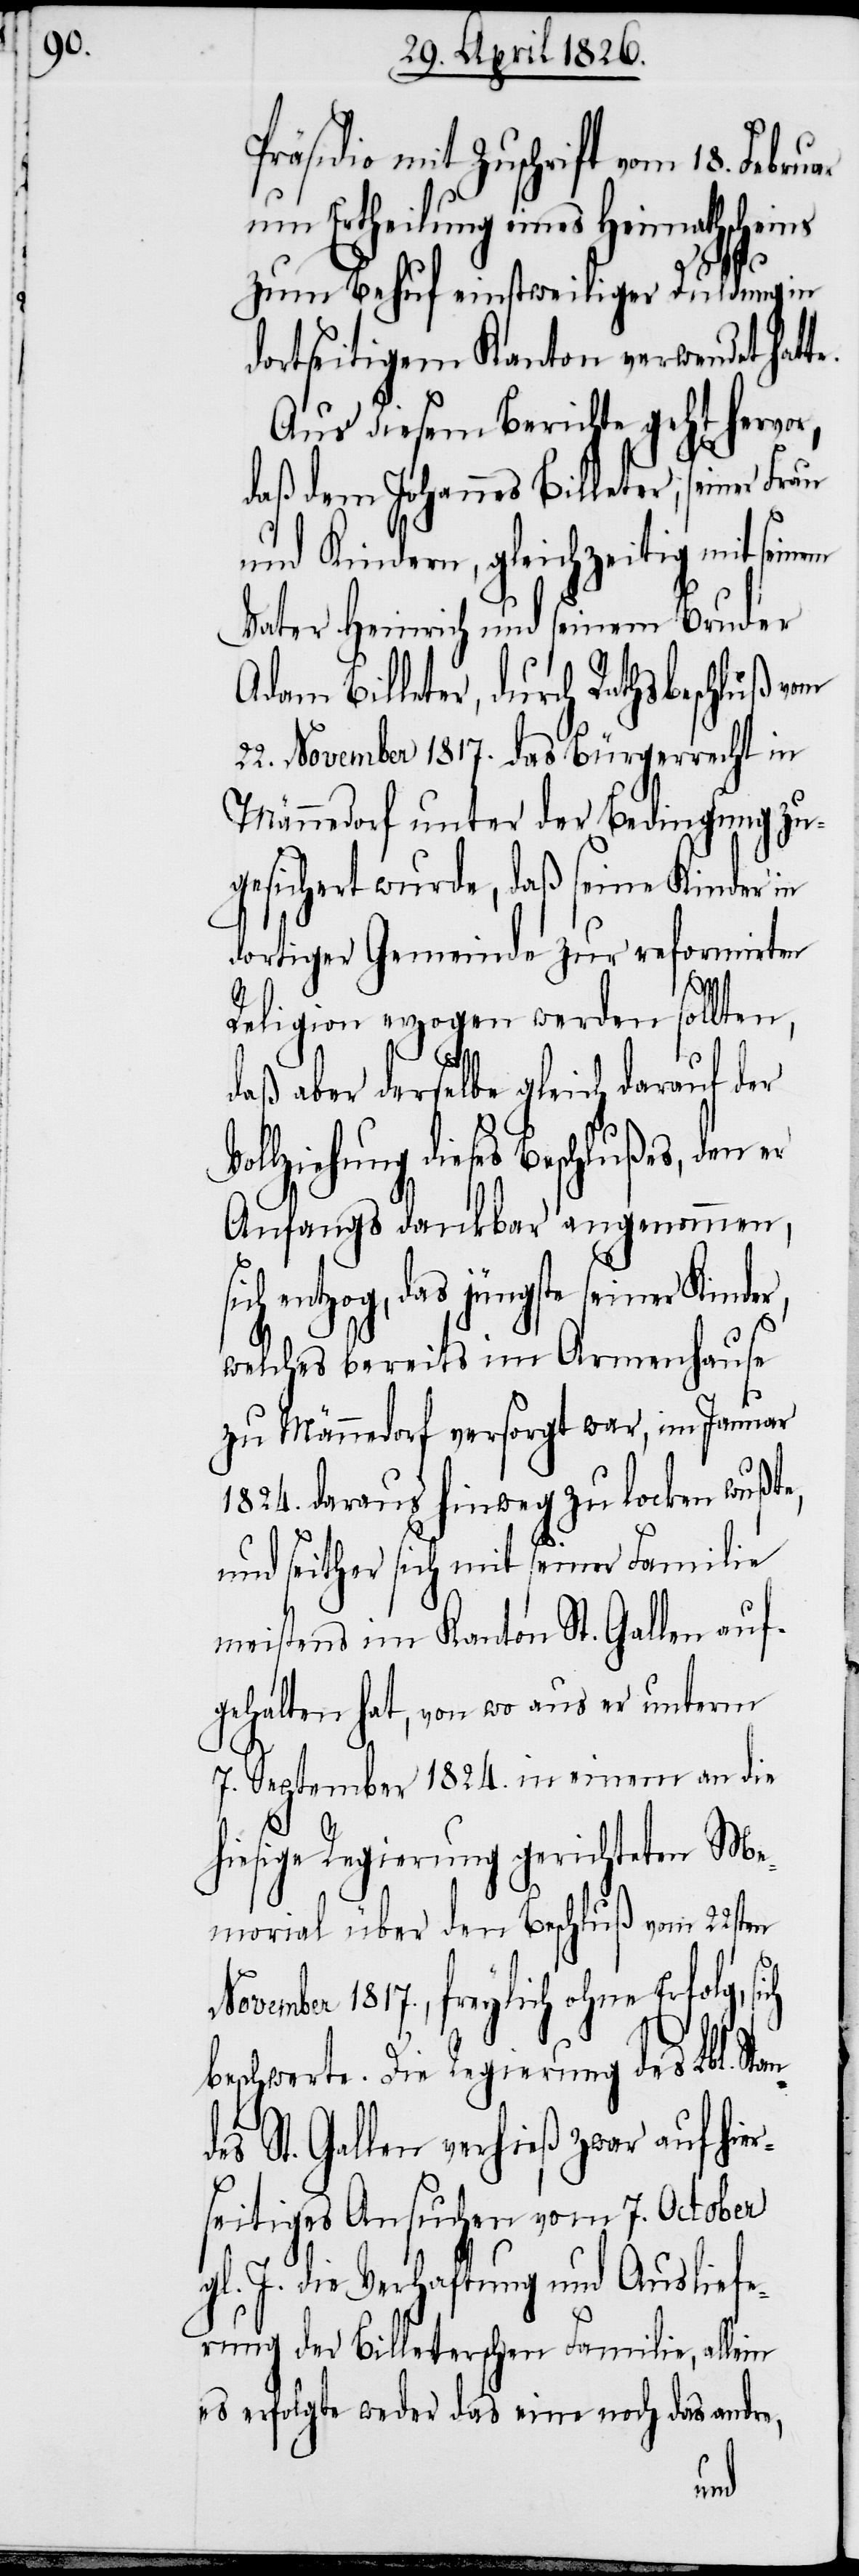
te.

präsidio mit Zuschrift vom 18. Februar
um Ertheilung eines Heimathsche¬
zum Behuf einstweiliger Duldung in
dortseitigem Kanton verwendet hat¬
Aus diesem Berichte geht hervor,
daß dem Johannes Billeter, seiner Frau
und Kindern, gleichzeitig mit seinem
Vater Heinrich und seinem Bruder
Adam Billeter, durch Rathsbeschluß vom
22. November 1817. das Bürgerrecht in
Männedorf unter der Bedingung zu¬
gesichert wurde, daß seine Kinder in
dortiger Gemeinde zur reformirten
Religion erzogen werden sollten,
daß aber derselbe gleich darauf der
lziehung dieses Beschlußes, den
Anfangs dankbar angenommen,
ich entzog, das jüngste seiner Kin¬
welches bereits im Armenhause
zu Männedorf versorgt war, im Januar
1824. daraus hinweg zu locken wußte,
und seither sich mit seiner Familie
meistens im Kanton St. Gallen auf¬
gehalten hat, von wo aus er unterm
7. September 1824. in einem an die
hiesige Regierung gerichteten Me¬
morial über den Beschluß vom 22sten
November 1817., freylich ohne Erfolg,
beschwerte. Die Regierung des Lbl. St¬
es St. Gallen verhieß zwar auf hier¬
seitiges Ansuchen vom 7. October
gl. J. die Verhaftung und Ausliefe¬
rung der Billeterschen Familie, allein
es erfolgte weder das eine noch das andre,
and¬